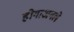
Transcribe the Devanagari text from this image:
होगाअगले